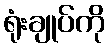
ရုံးချုပ်ကို